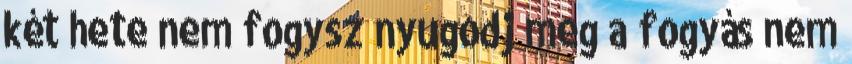
két hete nem fogysz nyugodj meg a fogyás nem